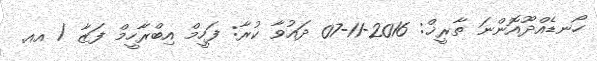
ހޯނޑެއްދޫއޮންނަ ތާރީޚް: 2016-11-07 ދައުވާ ކުރާ: ފަހީމް އިބްރާހީމް ފަޒާ / އއ.